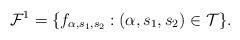
LaTeX: \begin{align*}\mathcal{F}^1 = \{f_{\alpha,s_1,s_2}:(\alpha,s_1,s_2) \in \mathcal{T}\}.\end{align*}